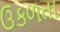
ઉકળતા